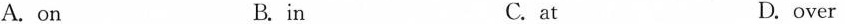
A. on B. in C. at D. over